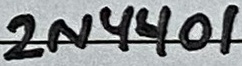
Text: 2N4401